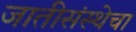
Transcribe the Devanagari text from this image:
जातीसंस्थेचा